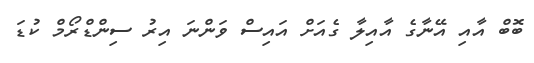
ބޮބް އާއި އޭނާގެ އާއިލާ ގެއަށް އައިސް ވަންނަ އިރު ސިންޑްރޯމް ކުޑަ